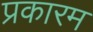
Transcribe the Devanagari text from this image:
प्रकारम